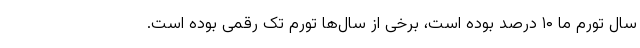
سال تورم ما ۱۰ درصد بوده است، برخی از سال‌ها تورم تک رقمی بوده است.